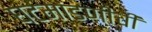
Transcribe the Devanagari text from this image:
घटमांडणीची